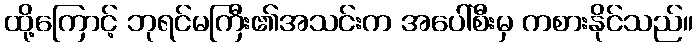
ထို့ကြောင့် ဘုရင်မကြီး၏အသင်းက အပေါ်စီးမှ ကစားနိုင်သည်။